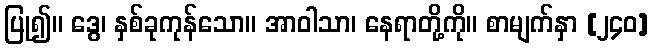
ပြု၍။ ဒွေ၊ နှစ်ခုကုန်သော။ အာဝါသာ၊ နေရာတို့ကို။ စာမျက်နှာ [၂၄၀]